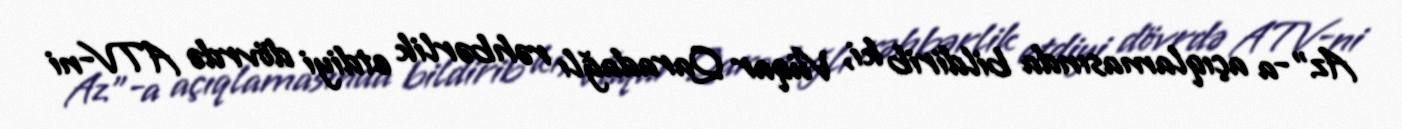
Az”-a açıqlamasında bildirib ki, Vüqar Qaradağlı rəhbərlik etdiyi dövrdə ATV-ni